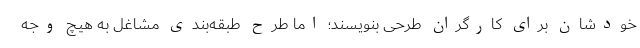
خودشان برای کارگران طرحی بنویسند؛ اما طرح طبقه‌بندی مشاغل به هیچ وجه